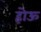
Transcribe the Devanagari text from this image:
होऊ